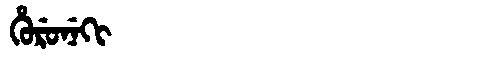
Manchu: ᡥᡠᡵᡠᠨᡝᡴᡳ
Romanization: HURUNEKI